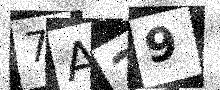
Text: 7A29